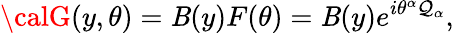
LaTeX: {\calG}(y,\theta)=\mathit{B}(y)F(\theta)=\mathit{B}(y)e^{i\theta^{\alpha}\mathcal{Q}_{\alpha}},